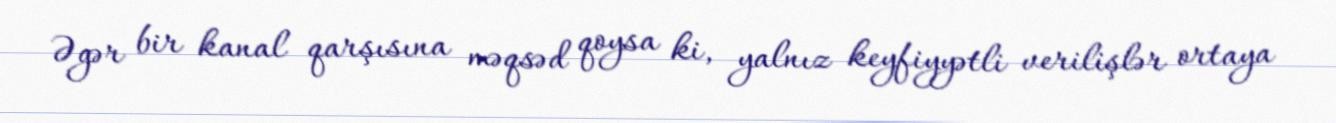
Əgər bir kanal qarşısına məqsəd qoysa ki, yalnız keyfiyyətli verilişlər ortaya